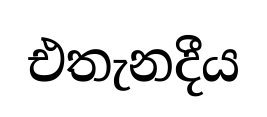
එතැනදීය